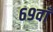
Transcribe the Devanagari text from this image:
६९वाँ